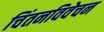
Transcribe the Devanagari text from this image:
चिंतनविवेचन